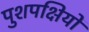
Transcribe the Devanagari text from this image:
पुशपक्षियों